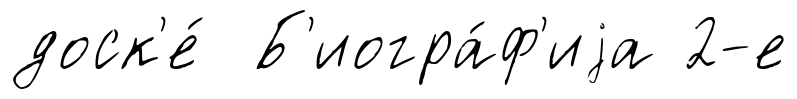
доск'е́ Б'иогра́ф'иjа 2-е